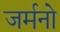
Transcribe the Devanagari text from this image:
जर्मनो